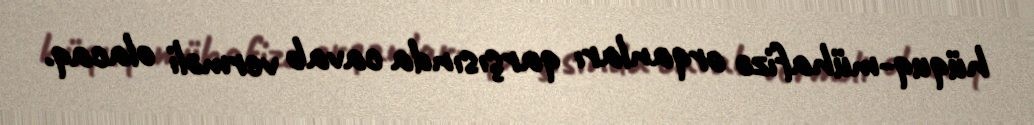
hüquq-mühafizə orqanları qarşısında cavab verməli olacaq.